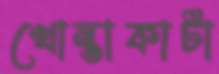
খোন্তাকাটা